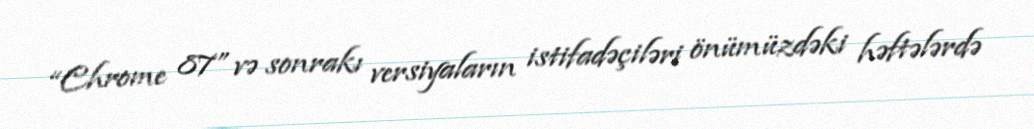
“Chrome 87” və sonrakı versiyaların istifadəçiləri önümüzdəki həftələrdə